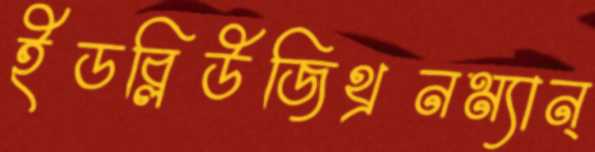
ইডব্লিউজিথ্রনম্যান্